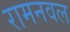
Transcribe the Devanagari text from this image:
रामनवल